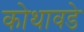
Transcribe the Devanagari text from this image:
कोथावडे